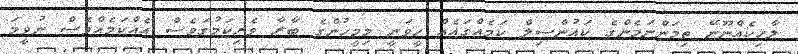
ލާހިކެއްނޫނޭ ތިމަންނަމެންގެ ކައުންސިލް ކަމެއްގައެއް ހީވަނީ މިމީހުންގެ ބާރާ ވެރިކަމުގަވެސް އެއްކަމެއްވެސް ނުވީމަ